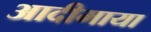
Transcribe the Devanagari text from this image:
आदीमाया